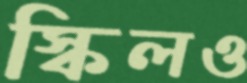
স্কিলও